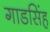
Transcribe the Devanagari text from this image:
गाडसिंह